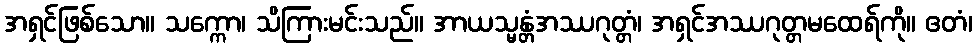
အရှင်ဖြစ်သော။ သက္ကော၊ သိကြားမင်းသည်။ အာယသ္မန္တံအဿဂုတ္တံ၊ အရှင်အဿဂုတ္တမထေရ်ကို။ ဧတံ၊